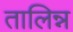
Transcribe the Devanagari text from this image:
तालिन्न